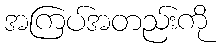
အကြပ်အတည်းကို